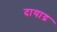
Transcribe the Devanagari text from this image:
दायाद्र